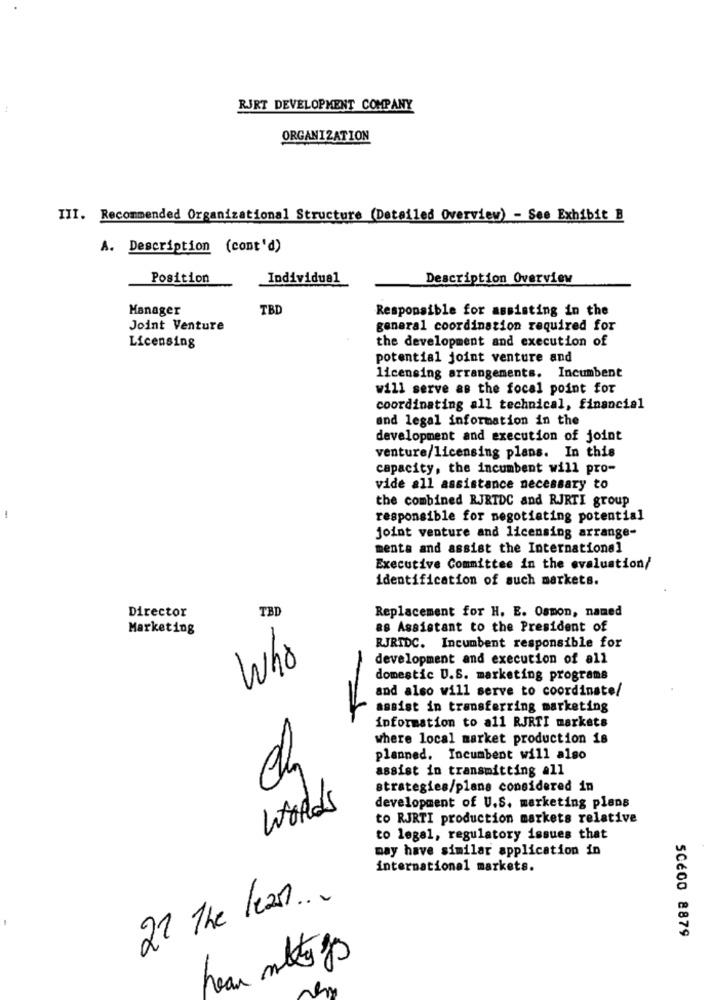
RJRT DEVELOPMENT COMPANY
ORGANIZATION
III. Recommended Organizational Structure (Detailed Overview) - See Exhibit B
A. Description (cont'd)
Position
Individual
Description Overview
Manager
TBD
Responsible for assisting in the
Joint Venture
general coordination required for
the development and execution of
Licensing
potential joint venture and
licensing arrangements. Incumbent
will serve as the focal point for
coordinating all technical, financial
and legal information in the
development and execution of joint
venture/licensing plans. In this
capacity, the incumbent will pro-
vide all assistance necessary to
the combined RJRTDC and RJRTI group
responsible for negotiating potential
joint venture and licensing arrange-
ments and assist the International
Executive Committee in the evaluation/
identification of such markets.
Director
TBD
Replacement for H. E. Osmon, named
Marketing
as Assistant to the President of
-
RJRTDC. Incumbent responsible for
Who
development and execution of all
domestic U.S. marketing programs
and also will serve to coordinate/
assist in transferring marketing
information to all RJRTI markets
where local market production 18
planned. Incumbent will also
assist in transmitting all
strategies/plans considered in
Worlds
development of U.S. marketing plans
to RJRTI production markets relative
to legal, regulatory issues that
may have similar application in
international markets.
22 The leas ...
SCÉ00 8879